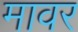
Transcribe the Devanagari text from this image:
मावर